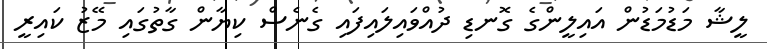
ލީޝާ މަޑުމަޑުން އައިލީންގެ ގޮނޑި ދުއްވައިލައިފައި ގެނެސް ކިޔާން ގާތުގައި މޭޒު ކައިރީ